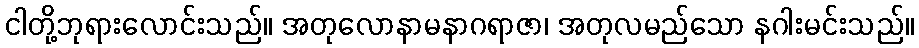
ငါတို့ဘုရားလောင်းသည်။ အတုလောနာမနာဂရာဇာ၊ အတုလမည်သော နဂါးမင်းသည်။